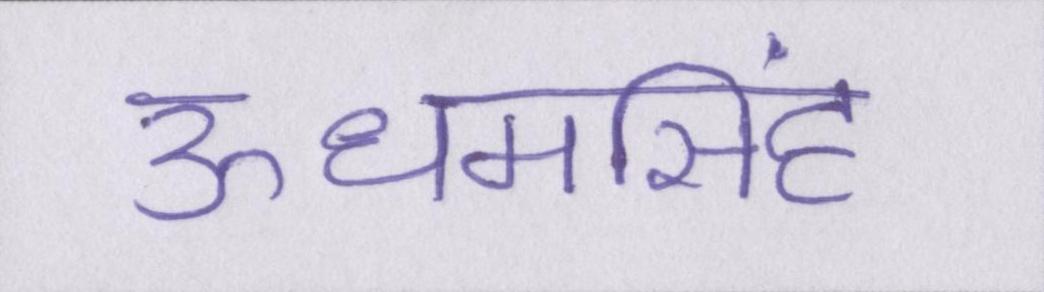
ऊधमसिंह